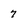
Character: 7